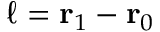
\boldsymbol { \ell } = \mathbf { r } _ { 1 } - \mathbf { r } _ { 0 }